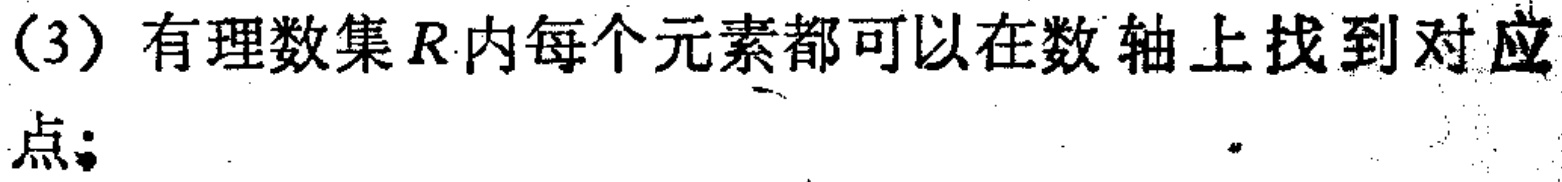
（3）有理数集\(R\)内每个元素都可以在数轴上找到对应点；